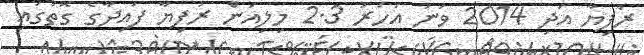
ރުފިޔާ އަދި 2014 ވަނަ އަހަރު 2.3 މިލިއަން ރުފިޔާ ފައިދާގެ ގޮތުގައި